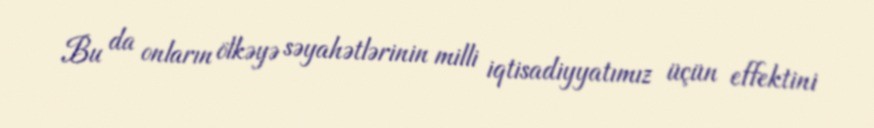
Bu da onların ölkəyə səyahətlərinin milli iqtisadiyyatımız üçün effektini